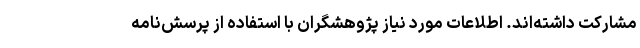
مشارکت داشته‌اند. اطلاعات مورد نیاز پژوهشگران با استفاده از پرسش‌نامه